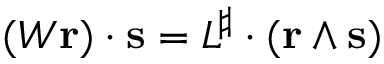
( W \mathbf { r } ) \cdot \mathbf { s } = L ^ { \sharp } \cdot ( \mathbf { r } \wedge \mathbf { s } )